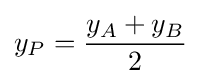
y_{P}={\frac {y_{A}+y_{B}}{2}}